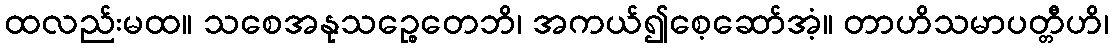
ထလည်းမထ။ သစေအနုသဉ္စေတေဘိ၊ အကယ်၍စေ့ဆော်အံ့။ တာဟိသမာပတ္တီဟိ၊